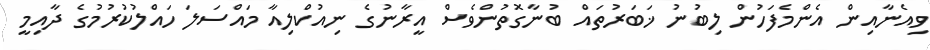
ވިއެނާއިން އެންމެފަހުން ލިބުނު ޚަބަރުތައް ބުނާގޮތުންވެސް އީރާނުގެ ނިއުކްލިއާ މައްސަލަ ހައްލުކުރުމުގެ ދާއިމީ